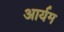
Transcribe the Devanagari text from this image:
आर्यम